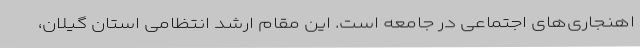
اهنجاری‌های اجتماعی در جامعه است. این مقام ارشد انتظامی استان گیلان،